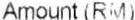
AMOUNT (RM)